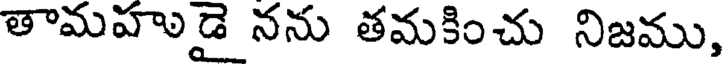
తామహుడై నను తమకించు నిజము,